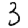
Digit: 3